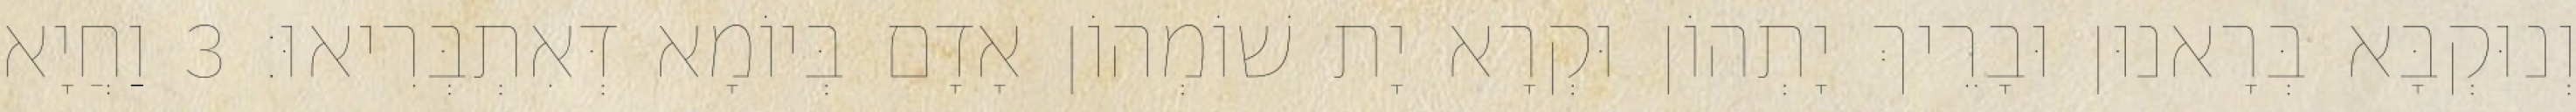
וְנוּקְבָּא בְּרָאנוּן וּבָרֵיךְ יָתְהוֹן וּקְרָא יָת שׁוֹמְהוֹן אָדָם בְּיוֹמָא דְּאִתְבְּרִיאוּ׃ 3 וַחֲיָא